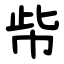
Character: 㠿